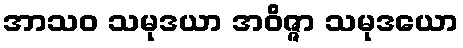
အာသဝ သမုဒယာ အဝိဇ္ဇာ သမုဒယော